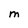
Character: M